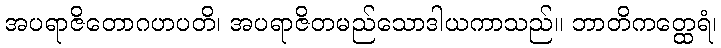
အပရာဇိတောဂဟပတိ၊ အပရာဇိတမည်သောဒါယကာသည်။ ဘာတိကတ္ထေရံ၊